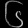
Digit: ၆